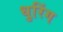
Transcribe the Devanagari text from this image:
धुरिंग